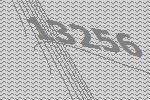
13256